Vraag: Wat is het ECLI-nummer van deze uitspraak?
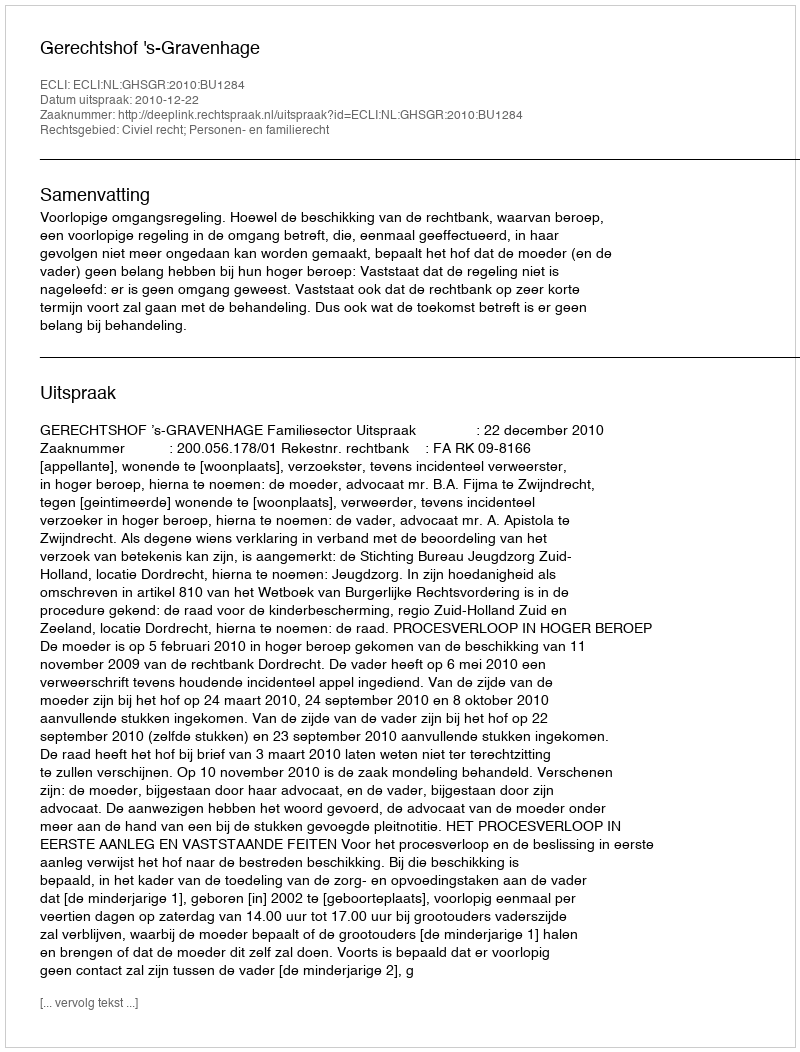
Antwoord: ECLI:NL:GHSGR:2010:BU1284